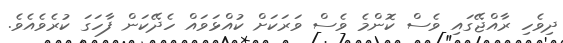
ދިވެހި ރާއްޖޭގައި ވެސް ކޮންމެ ވެސް ވަރަކަށް ކުއްޅަވައް ހެދޭކަން ފާހަގަ ކުރެވެއެވެ.